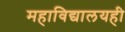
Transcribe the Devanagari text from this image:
महाविद्यालयही